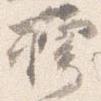
樗